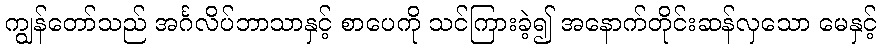
ကျွန်တော်သည် အင်္ဂလိပ်ဘာသာနှင့် စာပေကို သင်ကြားခဲ့၍ အနောက်တိုင်းဆန်လှသော မေနှင့်